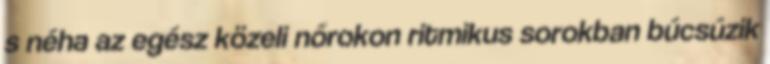
s néha az egész közeli nőrokon ritmikus sorokban búcsúzik